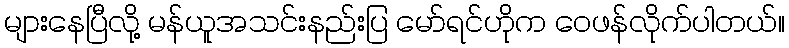
များနေပြီလို့ မန်ယူအသင်းနည်းပြ မော်ရင်ဟိုက ဝေဖန်လိုက်ပါတယ်။